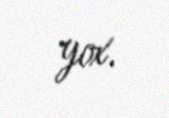
yox.